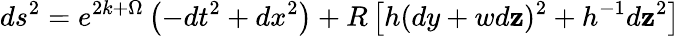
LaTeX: ds^{2}=e^{2k+\Omega}\left(-dt^{2}+dx^{2}\right)+R\left[h(dy+wd\mathbf{z})^{2}+h^{-1}d\mathbf{z}^{2}\right]